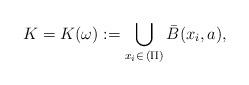
LaTeX: \begin{align*}K=K(\omega):=\bigcup_{x_i\in\,(\Pi)}\bar{B}(x_i,a), \end{align*}